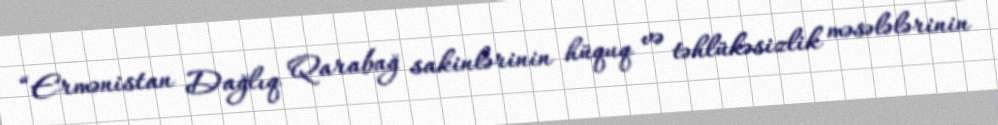
“Ermənistan Dağlıq Qarabağ sakinlərinin hüquq və təhlükəsizlik məsələlərinin